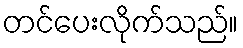
တင်ပေးလိုက်သည်။